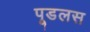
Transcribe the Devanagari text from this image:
पूडलस